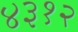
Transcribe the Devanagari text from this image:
४३१२